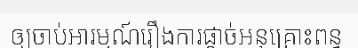
ឲ្យចាប់អារម្មណ៍រឿងការផ្តាច់អនុគ្រោះពន្ធ